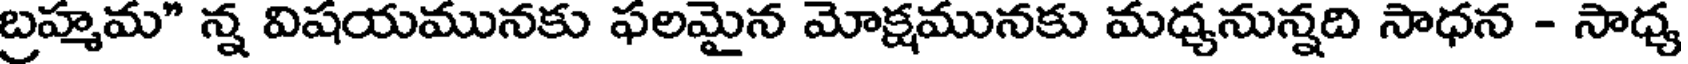
బ్రహ్మమ" న్న విషయమునకు ఫలమైన మోక్షమునకు మధ్యనున్నది సాధన - సాధ్య